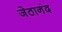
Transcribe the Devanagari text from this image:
जेठानंद